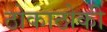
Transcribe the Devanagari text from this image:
ठोकाठोकी